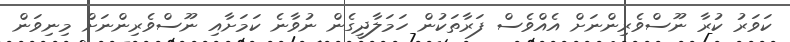
ކަވަރު ކުރާ ނޫސްވެރިންނަށް އެއްވެސް ފަރާތަކުން ހަމަލާދީގެން ނުވާނެ ކަމަށާއި ނޫސްވެރިންނަށް މިނިވަން